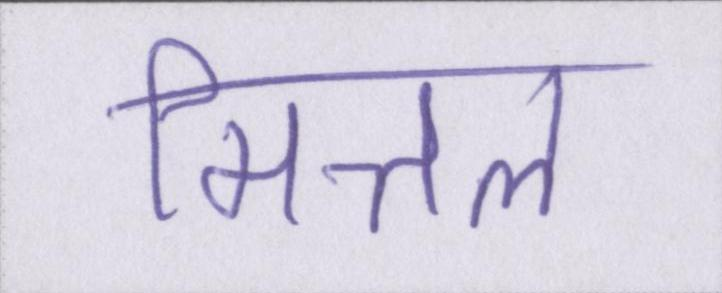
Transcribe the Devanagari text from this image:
मित्तल